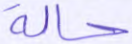
حالة